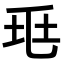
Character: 𡊥